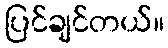
ပြင်ချင်တယ်။